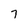
Character: 7